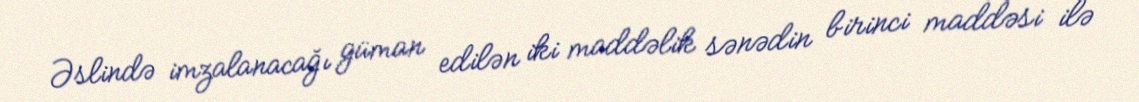
Əslində imzalanacağı güman edilən iki maddəlik sənədin birinci maddəsi ilə